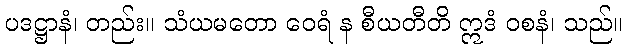
ပဒဋ္ဌာနံ၊ တည်း။ သံယမတော ဝေရံ န စီယတီတိ ဣဒံ ဝစနံ၊ သည်။